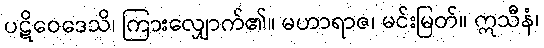
ပဋိဝေဒေသိ၊ ကြားလျှောက်၏။ မဟာရာဇ၊ မင်းမြတ်။ ဣသီနံ၊